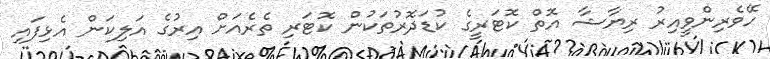
ހޭވެރިންވީއިރު ރިޔާޝާ އޮތް ކޮޓަރީގެ ކުޑަދޮރުތަކުން ކޮޓަރި ތެރެއަށް އިރުގެ އަލިކަން އެޅިފައި